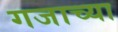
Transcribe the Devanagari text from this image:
गजाच्या